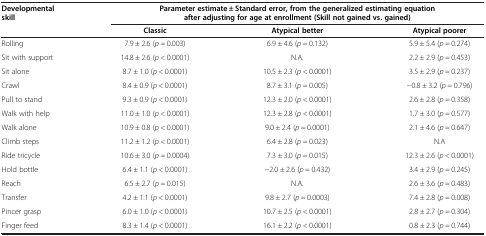
<table><thead><tr><td><b>Developmental skill</b></td><td colspan="3"><b>Parameter estimate ± Standard error, from the generalized estimating equation after adjusting for age at enrollment (Skill not gained vs. gained)</b></td></tr><tr><td><b> </b></td><td><b>Classic</b></td><td><b>Atypical better</b></td><td><b>Atypical poorer</b></td></tr></thead><tbody><tr><td>Rolling</td><td>7.9 ± 2.6 (<i>p</i> = 0.003)</td><td>6.9 ± 4.6 (<i>p</i> = 0.132)</td><td>5.9 ± 5.4 (<i>p</i> = 0.274)</td></tr><tr><td>Sit with support</td><td>14.8 ± 2.6 (<i>p</i> &lt; 0.0001)</td><td>N.A.</td><td>2.2 ± 2.9 (<i>p</i> = 0.453)</td></tr><tr><td>Sit alone</td><td>8.7 ± 1.0 (<i>p</i> &lt; 0.0001)</td><td>10.5 ± 2.3 (<i>p</i> &lt; 0.0001)</td><td>3.5 ± 2.9 (<i>p</i> = 0.237)</td></tr><tr><td>Crawl</td><td>8.4 ± 0.9 (<i>p</i> &lt; 0.0001)</td><td>8.7 ± 3.1 (<i>p</i> = 0.005)</td><td>−0.8 ± 3.2 (<i>p</i> = 0.796)</td></tr><tr><td>Pull to stand</td><td>9.3 ± 0.9 (<i>p</i> &lt; 0.0001)</td><td>12.3 ± 2.0 (<i>p</i> &lt; 0.0001)</td><td>2.6 ± 2.8 (<i>p</i> = 0.358)</td></tr><tr><td>Walk with help</td><td>11.0 ± 1.0 (<i>p</i> &lt; 0.0001)</td><td>12.3 ± 2.8 (<i>p</i> &lt; 0.0001)</td><td>1.7 ± 3.0 (<i>p</i> = 0.577)</td></tr><tr><td>Walk alone</td><td>10.9 ± 0.8 (<i>p</i> &lt; 0.0001)</td><td>9.0 ± 2.4 (<i>p</i> = 0.0001)</td><td>2.1 ± 4.6 (<i>p</i> = 0.647)</td></tr><tr><td>Climb steps</td><td>11.2 ± 1.2 (<i>p</i> &lt; 0.0001)</td><td>6.4 ± 2.8 (<i>p</i> = 0.023)</td><td>N.A</td></tr><tr><td>Ride tricycle</td><td>10.6 ± 3.0 (<i>p</i> = 0.0004)</td><td>7.3 ± 3.0 (<i>p</i> = 0.015)</td><td>12.3 ± 2.6 (<i>p</i> &lt; 0.0001)</td></tr><tr><td>Hold bottle</td><td>6.4 ± 1.1 (<i>p</i> &lt; 0.0001)</td><td>−2.0 ± 2.6 (<i>p</i> = 0.432)</td><td>3.4 ± 2.9 (<i>p</i> = 0.245)</td></tr><tr><td>Reach</td><td>6.5 ± 2.7 (<i>p</i> = 0.015)</td><td>N.A.</td><td>2.6 ± 3.6 (<i>p</i> = 0.483)</td></tr><tr><td>Transfer</td><td>4.2 ± 1.1 (<i>p</i> &lt; 0.0001)</td><td>9.8 ± 2.7 (<i>p</i> = 0.0003)</td><td>7.4 ± 2.8 (<i>p</i> = 0.008)</td></tr><tr><td>Pincer grasp</td><td>6.0 ± 1.0 (<i>p</i> &lt; 0.0001)</td><td>10.7 ± 2.5 (<i>p</i> &lt; 0.0001)</td><td>2.8 ± 2.7 (<i>p</i> = 0.304)</td></tr><tr><td>Finger feed</td><td>8.3 ± 1.4 (<i>p</i> &lt; 0.0001)</td><td>16.1 ± 2.2 (<i>p</i> &lt; 0.0001)</td><td>0.8 ± 2.3 (<i>p</i> = 0.744)</td></tr></tbody></table>